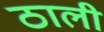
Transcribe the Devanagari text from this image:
ठाली